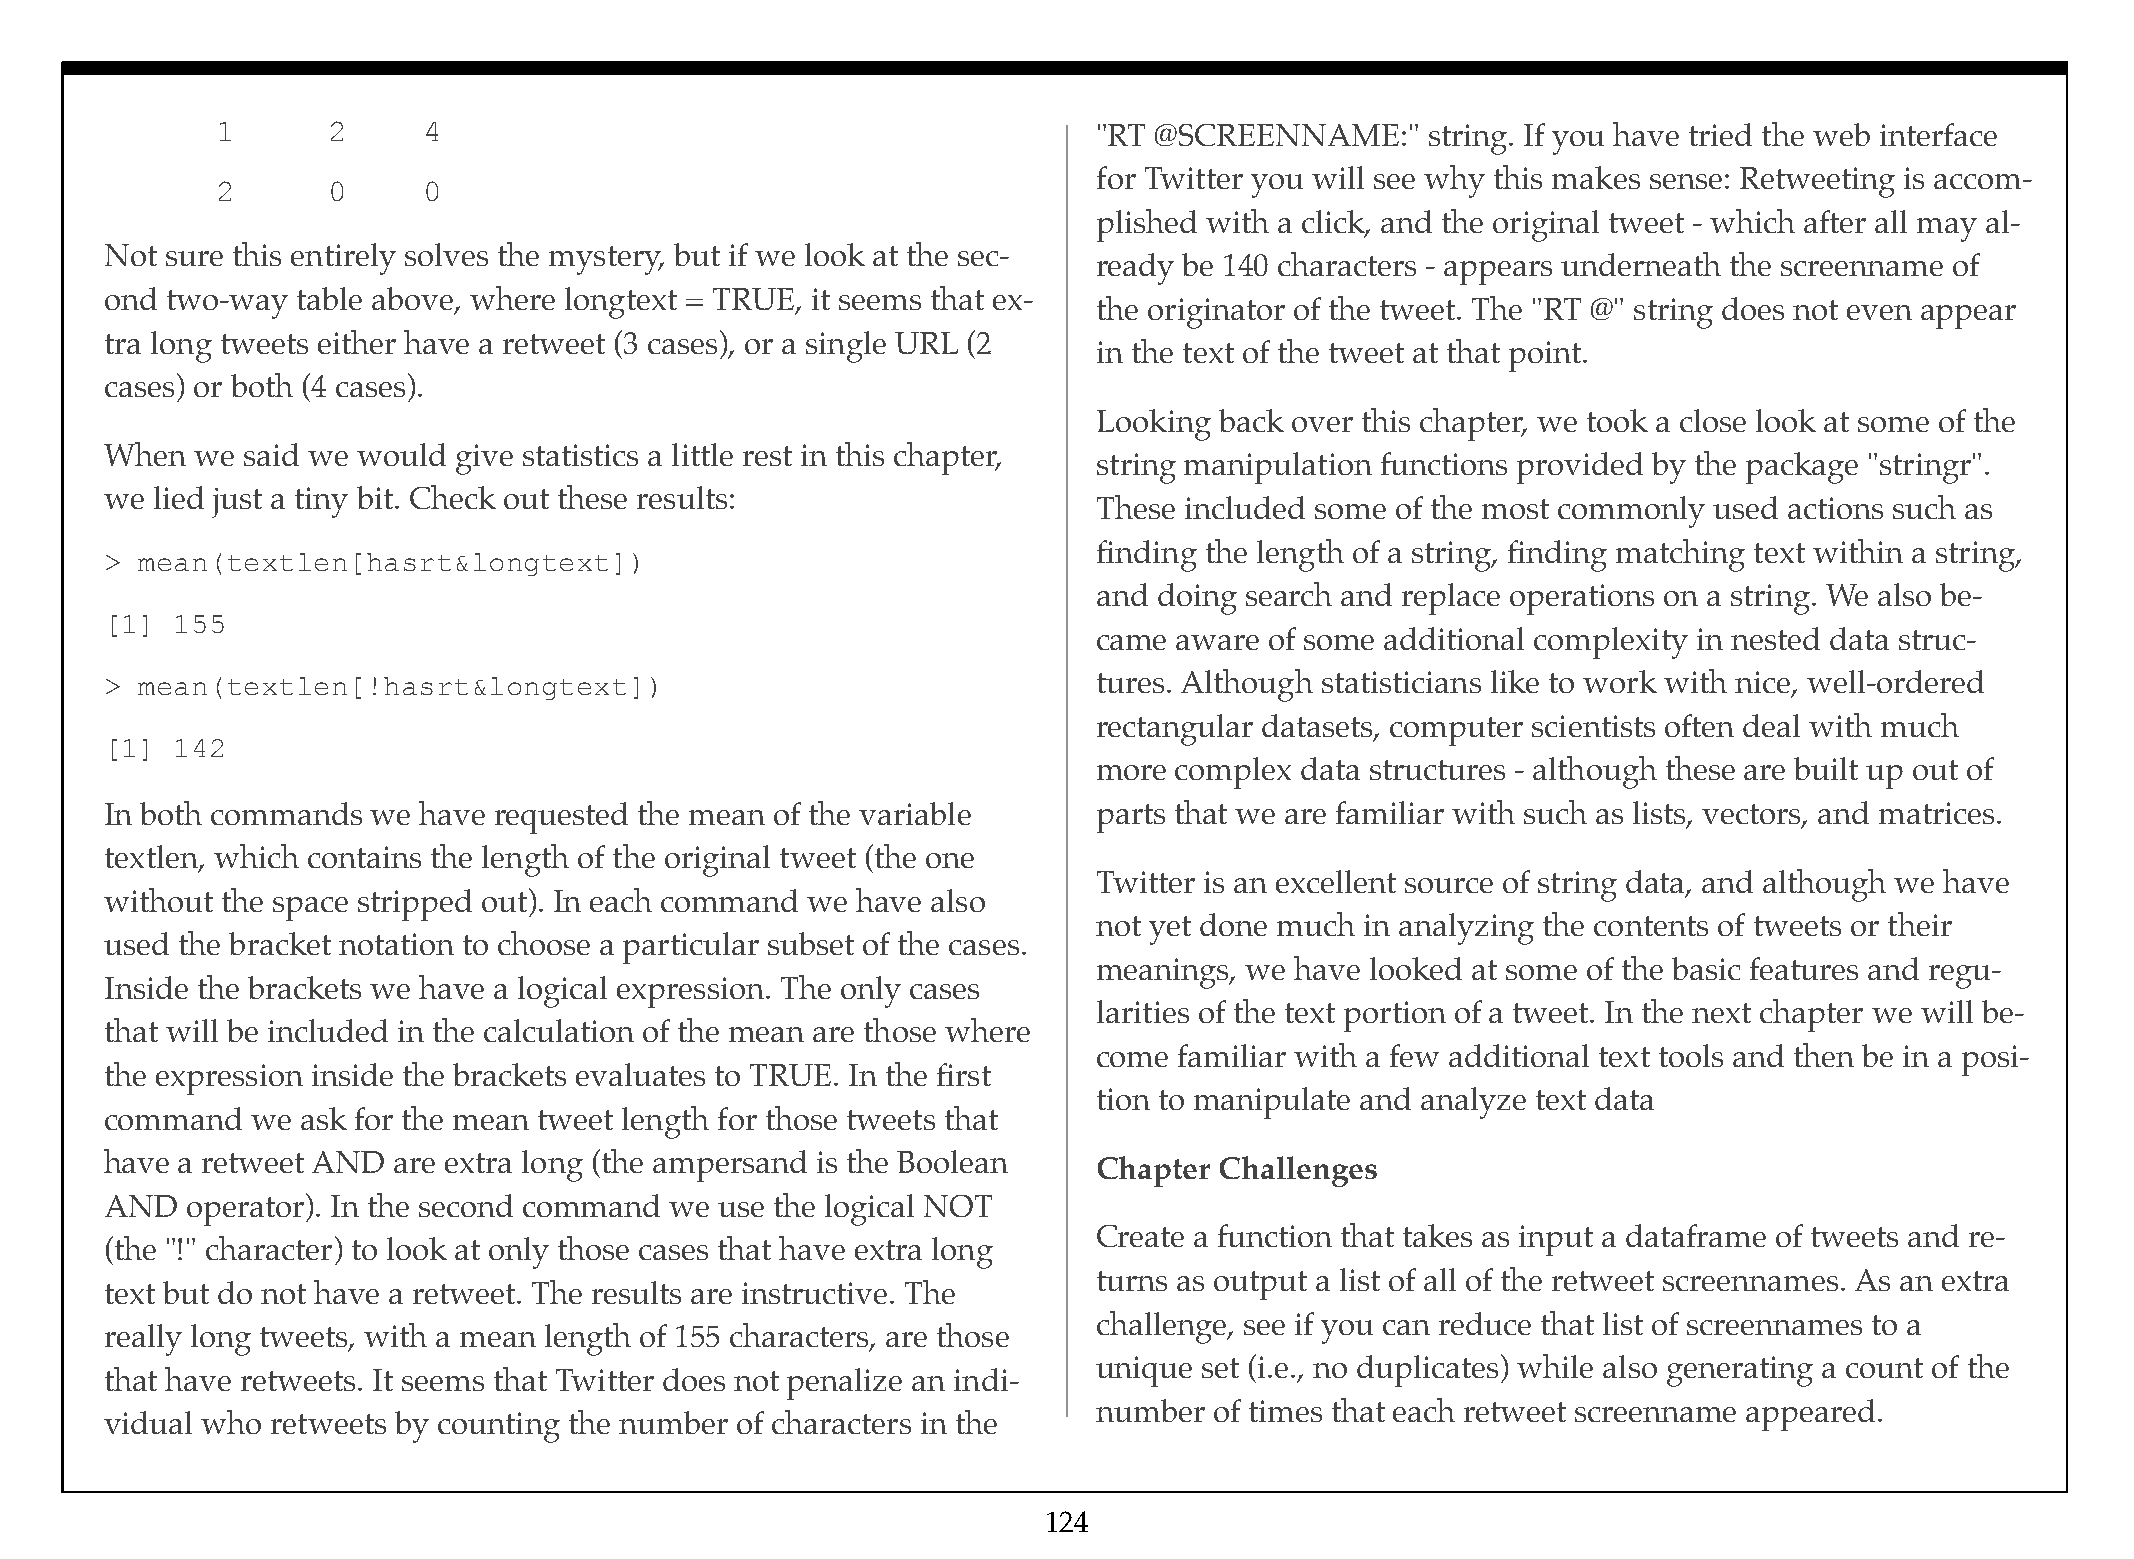
1       2     4                                            "RT @SCREENNAME:"    string. If you have tried the web interface
 for Twitter you will see why this makes sense: Retweeting is accom-
 2       0     0
 plished with a click, and the original tweet - which after all may al-
 Not sure this entirely solves the mystery, but if we look at the sec-
 ready be 140 characters - appears underneath the screenname of
 ond two-way  table above, where longtext = TRUE, it seems that ex-
 the originator of the tweet. The "RT @" string does not even appear
 tra long tweets either have a retweet (3 cases), or a single URL (2
 in the text of the tweet at that point.
 cases) or both (4 cases).
 Looking back over this chapter, we took a close look at some of the
 When  we said we would give statistics a little rest in this chapter,
 string manipulation functions provided by the package "stringr".
 we lied just a tiny bit. Check out these results:
 These included some of the most commonly used actions such as
 finding the length of a string, finding matching text within a string,
 > mean(textlen[hasrt&longtext])
 and doing search and replace operations on a string. We also be-
 [1]  155
 came aware of some additional complexity in nested data struc-
 > mean(textlen[!hasrt&longtext])                                  tures. Although statisticians like to work with nice, well-ordered
 rectangular datasets, computer scientists often deal with much
 [1]  142
 more complex data structures - although these are built up out of
 In both commands  we have requested the mean of the variable      parts that we are familiar with such as lists, vectors, and matrices.
 textlen, which contains the length of the original tweet (the one
 Twitter is an excellent source of string data, and although we have
 without the space stripped out). In each command we have also
 not yet done much in analyzing the contents of tweets or their
 used the bracket notation to choose a particular subset of the cases.
 meanings, we have looked at some of the basic features and regu-
 Inside the brackets we have a logical expression. The only cases
 larities of the text portion of a tweet. In the next chapter we will be-
 that will be included in the calculation of the mean are those where
 come familiar with a few additional text tools and then be in a posi-
 the expression inside the brackets evaluates to TRUE. In the first
 tion to manipulate and analyze text data
 command   we ask for the mean tweet length for those tweets that
 have a retweet AND are extra long (the ampersand is the Boolean   Chapter Challenges
 AND  operator). In the second command we use the logical NOT
 Create a function that takes as input a dataframe of tweets and re-
 (the "!" character) to look at only those cases that have extra long
 turns as output a list of all of the retweet screennames. As an extra
 text but do not have a retweet. The results are instructive. The
 challenge, see if you can reduce that list of screennames to a
 really long tweets, with a mean length of 155 characters, are those
 unique set (i.e., no duplicates) while also generating a count of the
 that have retweets. It seems that Twitter does not penalize an indi-
 number of times that each retweet screenname appeared.
 vidual who retweets by counting the number of characters in the
 124